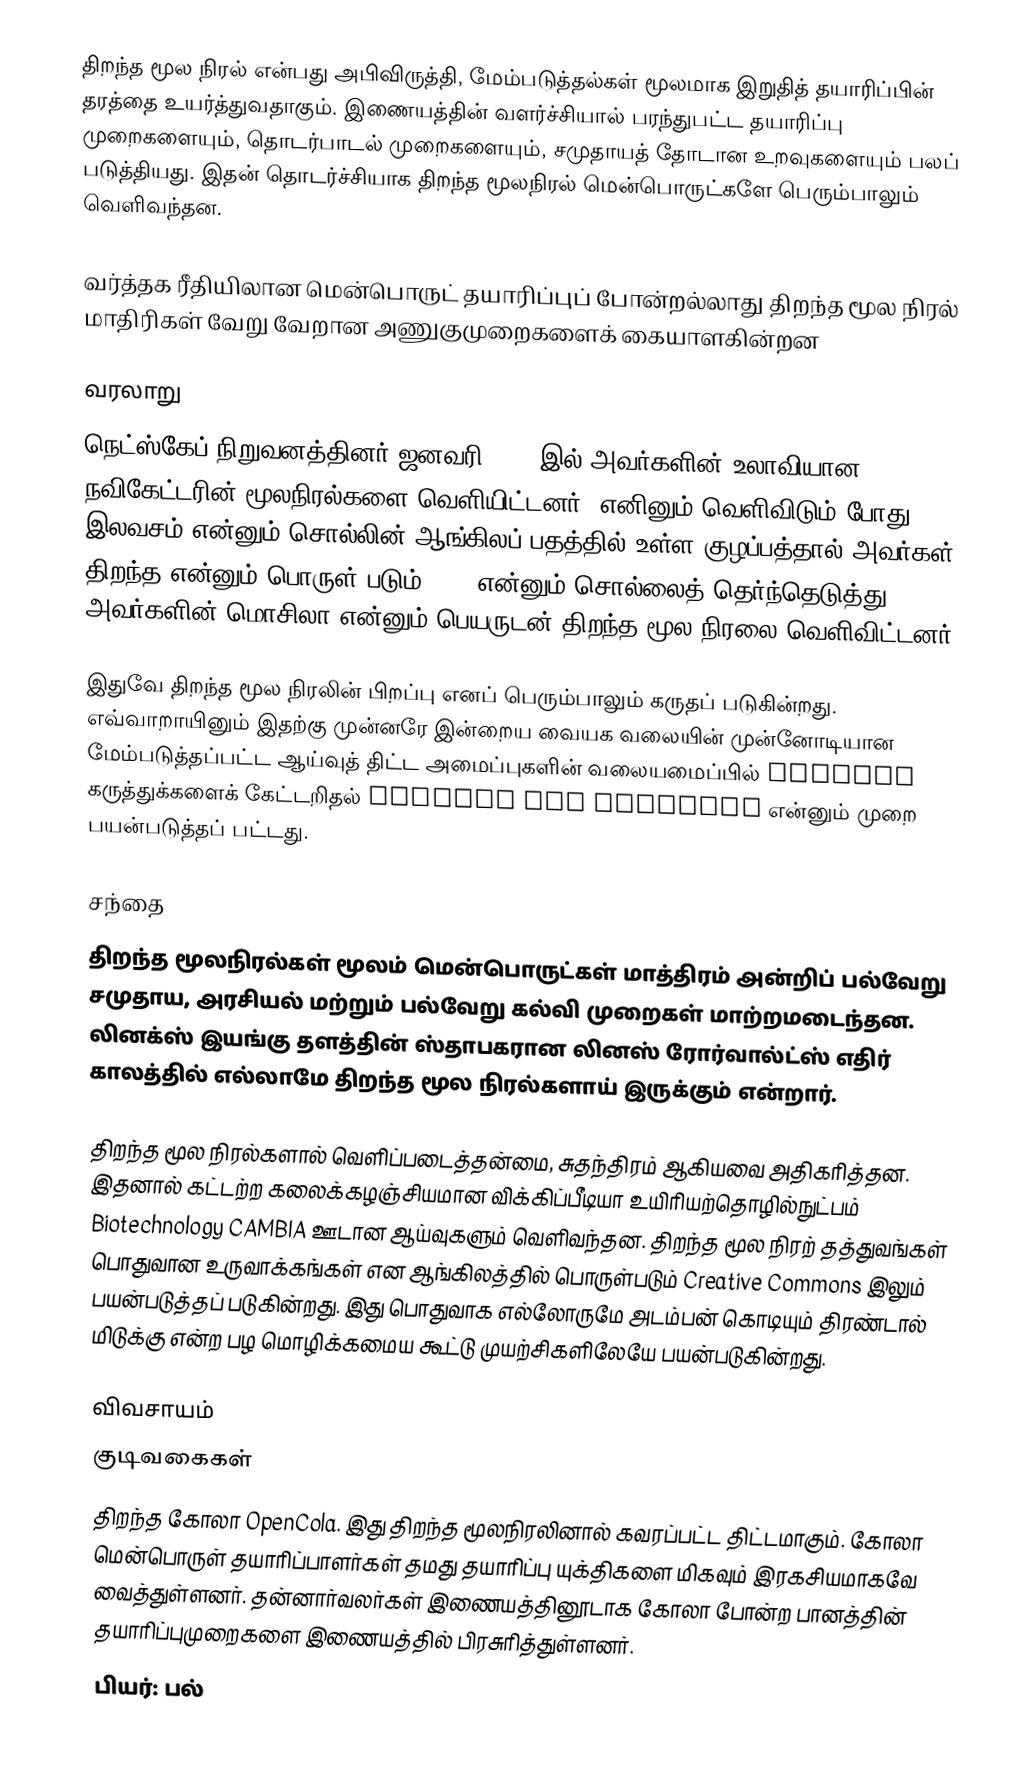
திறந்த மூல நிரல் என்பது அபிவிருத்தி, மேம்படுத்தல்கள் மூலமாக இறுதித் தயாரிப்பின் தரத்தை உயர்த்துவதாகும். இணையத்தின் வளர்ச்சியால் பரந்துபட்ட தயாரிப்பு முறைகளையும், தொடர்பாடல் முறைகளையும், சமுதாயத் தோடான உறவுகளையும் பலப் படுத்தியது. இதன் தொடர்ச்சியாக திறந்த மூலநிரல் மென்பொருட்களே பெரும்பாலும் வெளிவந்தன.

வர்த்தக ரீதியிலான மென்பொருட் தயாரிப்புப் போன்றல்லாது திறந்த மூல நிரல் மாதிரிகள் வேறு வேறான அணுகுமுறைகளைக் கையாளகின்றன

வரலாறு
நெட்ஸ்கேப் நிறுவனத்தினர் ஜனவரி 1998 இல் அவர்களின் உலாவியான நவிகேட்டரின் மூலநிரல்களை வெளியிட்டனர். எனினும் வெளிவிடும் போது இலவசம் என்னும் சொல்லின் ஆங்கிலப் பதத்தில் உள்ள குழப்பத்தால் அவர்கள் திறந்த என்னும் பொருள் படும் Open என்னும் சொல்லைத் தெர்ந்தெடுத்து அவர்களின் மொசிலா என்னும் பெயருடன் திறந்த மூல நிரலை வெளிவிட்டனர்.

இதுவே திறந்த மூல நிரலின் பிறப்பு எனப் பெரும்பாலும் கருதப் படுகின்றது. எவ்வாறாயினும் இதற்கு முன்னரே இன்றைய வையக வலையின் முன்னோடியான மேம்படுத்தப்பட்ட ஆய்வுத் திட்ட அமைப்புகளின் வலையமைப்பில் ARPANET கருத்துக்களைக் கேட்டறிதல் Request For Comments என்னும் முறை பயன்படுத்தப் பட்டது.

சந்தை
திறந்த மூலநிரல்கள் மூலம் மென்பொருட்கள் மாத்திரம் அன்றிப் பல்வேறு சமுதாய, அரசியல் மற்றும் பல்வேறு கல்வி முறைகள் மாற்றமடைந்தன. லினக்ஸ் இயங்கு தளத்தின் ஸ்தாபகரான லினஸ் ரோர்வால்ட்ஸ் எதிர் காலத்தில் எல்லாமே திறந்த மூல நிரல்களாய் இருக்கும் என்றார்.

திறந்த மூல நிரல்களால் வெளிப்படைத்தன்மை, சுதந்திரம் ஆகியவை அதிகரித்தன. இதனால் கட்டற்ற கலைக்கழஞ்சியமான விக்கிப்பீடியா உயிரியற்தொழில்நுட்பம் Biotechnology CAMBIA ஊடான ஆய்வுகளும் வெளிவந்தன. திறந்த மூல நிரற் தத்துவங்கள் பொதுவான உருவாக்கங்கள் என ஆங்கிலத்தில் பொருள்படும் Creative Commons இலும் பயன்படுத்தப் படுகின்றது. இது பொதுவாக எல்லோருமே அடம்பன் கொடியும் திரண்டால் மிடுக்கு என்ற பழ மொழிக்கமைய கூட்டு முயற்சிகளிலேயே பயன்படுகின்றது.

விவசாயம்
 குடிவகைகள்
 திறந்த கோலா OpenCola. இது திறந்த மூலநிரலினால் கவரப்பட்ட திட்டமாகும். கோலா மென்பொருள் தயாரிப்பாளர்கள் தமது தயாரிப்பு யுக்திகளை மிகவும் இரகசியமாகவே வைத்துள்ளனர். தன்னார்வலர்கள் இணையத்தினூடாக கோலா போன்ற பானத்தின் தயாரிப்புமுறைகளை இணையத்தில் பிரசுரித்துள்ளனர்.
 பியர்: பல்